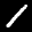
Label: 1